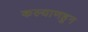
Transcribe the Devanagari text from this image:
कल्याणहुन